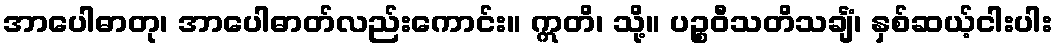
အာပေါဓာတု၊ အာပေါဓာတ်လည်းကောင်း။ ဣတိ၊ သို့။ ပဉ္စဝီသတိသင်္ချံ၊ နှစ်ဆယ့်ငါးပါး